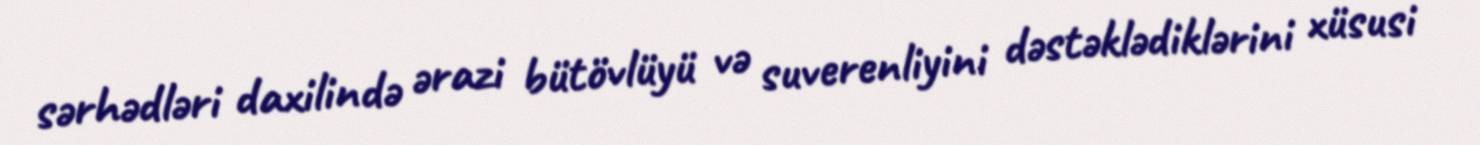
sərhədləri daxilində ərazi bütövlüyü və suverenliyini dəstəklədiklərini xüsusi